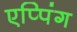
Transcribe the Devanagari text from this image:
एप्पिंग